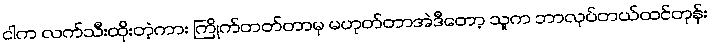
ငါက လက်သီးထိုးတဲ့ကား ကြိုက်တတ်တာမှ မဟုတ်တာအဲဒီတော့ သူက ဘာလုပ်တယ်ထင်တုန်း